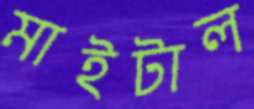
মাইটাল